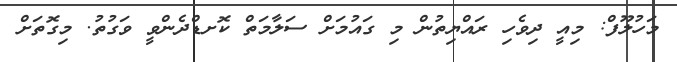
މަހުލޫފް: މިއީ ދިވެހި ރައްޔިތުން މި ގައުމަށް ސަލާމަތް ކޮށޑްދެންވީ ވަގުތު. މިގޮތަށް